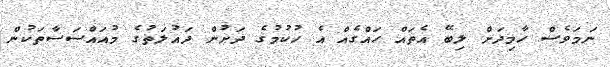
ނަމަވެސް ހާމިދަށް ލިބޭ އެތައް ހައްގެއް އެ ހުކުމުގެ ދަށުން ދައުލަތުގެ މުއައްސަސާތަކުން